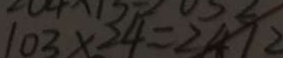
1 0 3 \times 2 4 = 2 4 1 2